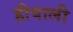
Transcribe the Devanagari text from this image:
हीयाली